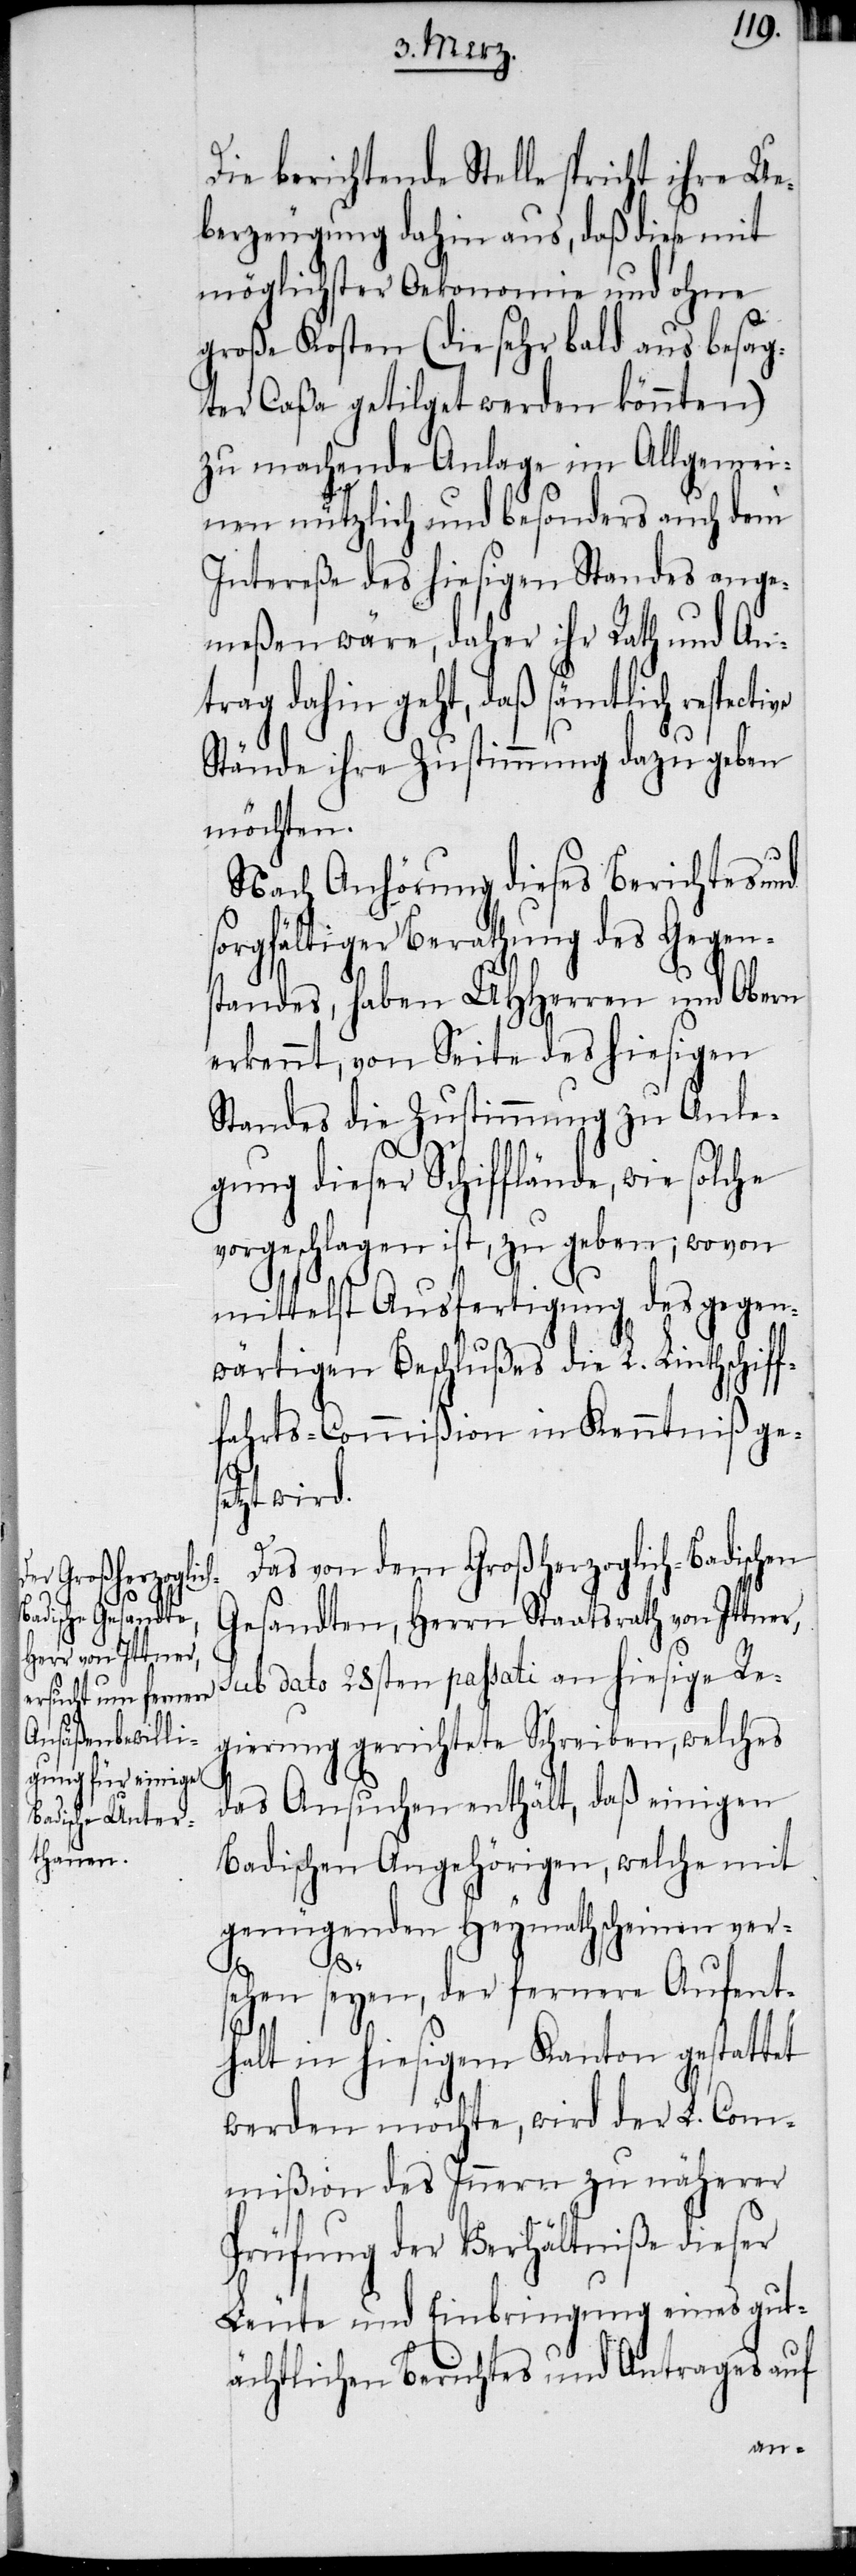
Die berichtende Stelle spricht ihre Ue¬
berzeugung dahin aus, daß diese mit
möglichster Oekonomie und ohne
große Kosten (die sehr bald aus besag¬
ter Caßa getilget werden könnten)
zu machende Anlage im Allgemei¬
nen nützlich und besonders auch dem
Intereße des hiesigen Standes ange¬
meßen wäre, daher ihr Rath und An¬
trag dahin geht, daß sämtlich respective
Stände ihre Zustimmung dazu geben
möchten.
Nach Anhörung dieses Berichtes und
sorgfältiger Berathung des Gegens¬
tandes, haben UHHerren und Obern
erkennt, von Seite des hiesigen
Standes die Zustimmung zu Anle¬
gung dieser Schifflände, wie solche
vorgeschlagen ist, zu geben; wovon
mittelst Ausfertigung des gegen¬
wärtigen Beschlußes die L. Linthschiff¬
fahrts-Commißion in Kenntniß ge¬
wird.
setzt
Das von dem Großherzoglich-Badischen
Gesandten, Herrn Staatsrath von Ittner,
sub dato 28sten passati an hiesige Re¬
gierung gerichtete Schreiben, welches
das Ansuchen enthält, daß einigen
Badischen Angehörigen, welche mit
genügenden Heymathscheinen ver¬
sehen seyen, der fernere Aufent¬
halt in hiesigem Kanton gestattet
werden möchte, wird der L. Com¬
mißion des Innern zu näherer
Prüfung der Verhältniße dieser
Leute und Einbringung eines gut¬
ächtlichen Berichtes und Antrages auf